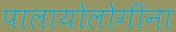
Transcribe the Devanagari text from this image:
पालायोलोगीना